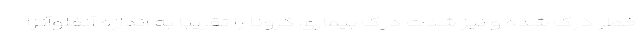
خطر درک شده و نیز شدت درک بیماری کرونا را تقریبا به اندازه آنفلوآنزا